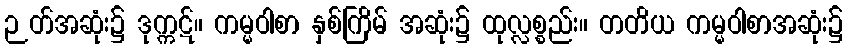
ဉတ်အဆုံး၌ ဒုက္ကဋ်။ ကမ္မဝါစာ နှစ်ကြိမ် အဆုံး၌ ထုလ္လစ္စည်း။ တတိယ ကမ္မဝါစာအဆုံး၌